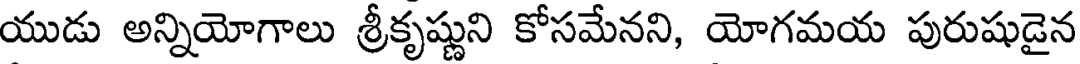
యుడు అన్నియోగాలు శ్రీకృష్ణుని కోసమేనని, యోగమయ పురుషుడైన